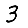
Digit: 3